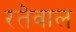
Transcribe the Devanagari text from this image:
रतेवाल